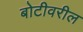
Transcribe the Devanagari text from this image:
बोटीवरील